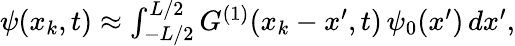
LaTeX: \begin{array}{r}{\psi(x_{k},t)\approx\int_{-L/2}^{L/2}G^{(1)}(x_{k}-x^{\prime},t)\, \psi_{0}(x^{\prime})\, dx^{\prime},}\end{array}